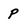
Character: p